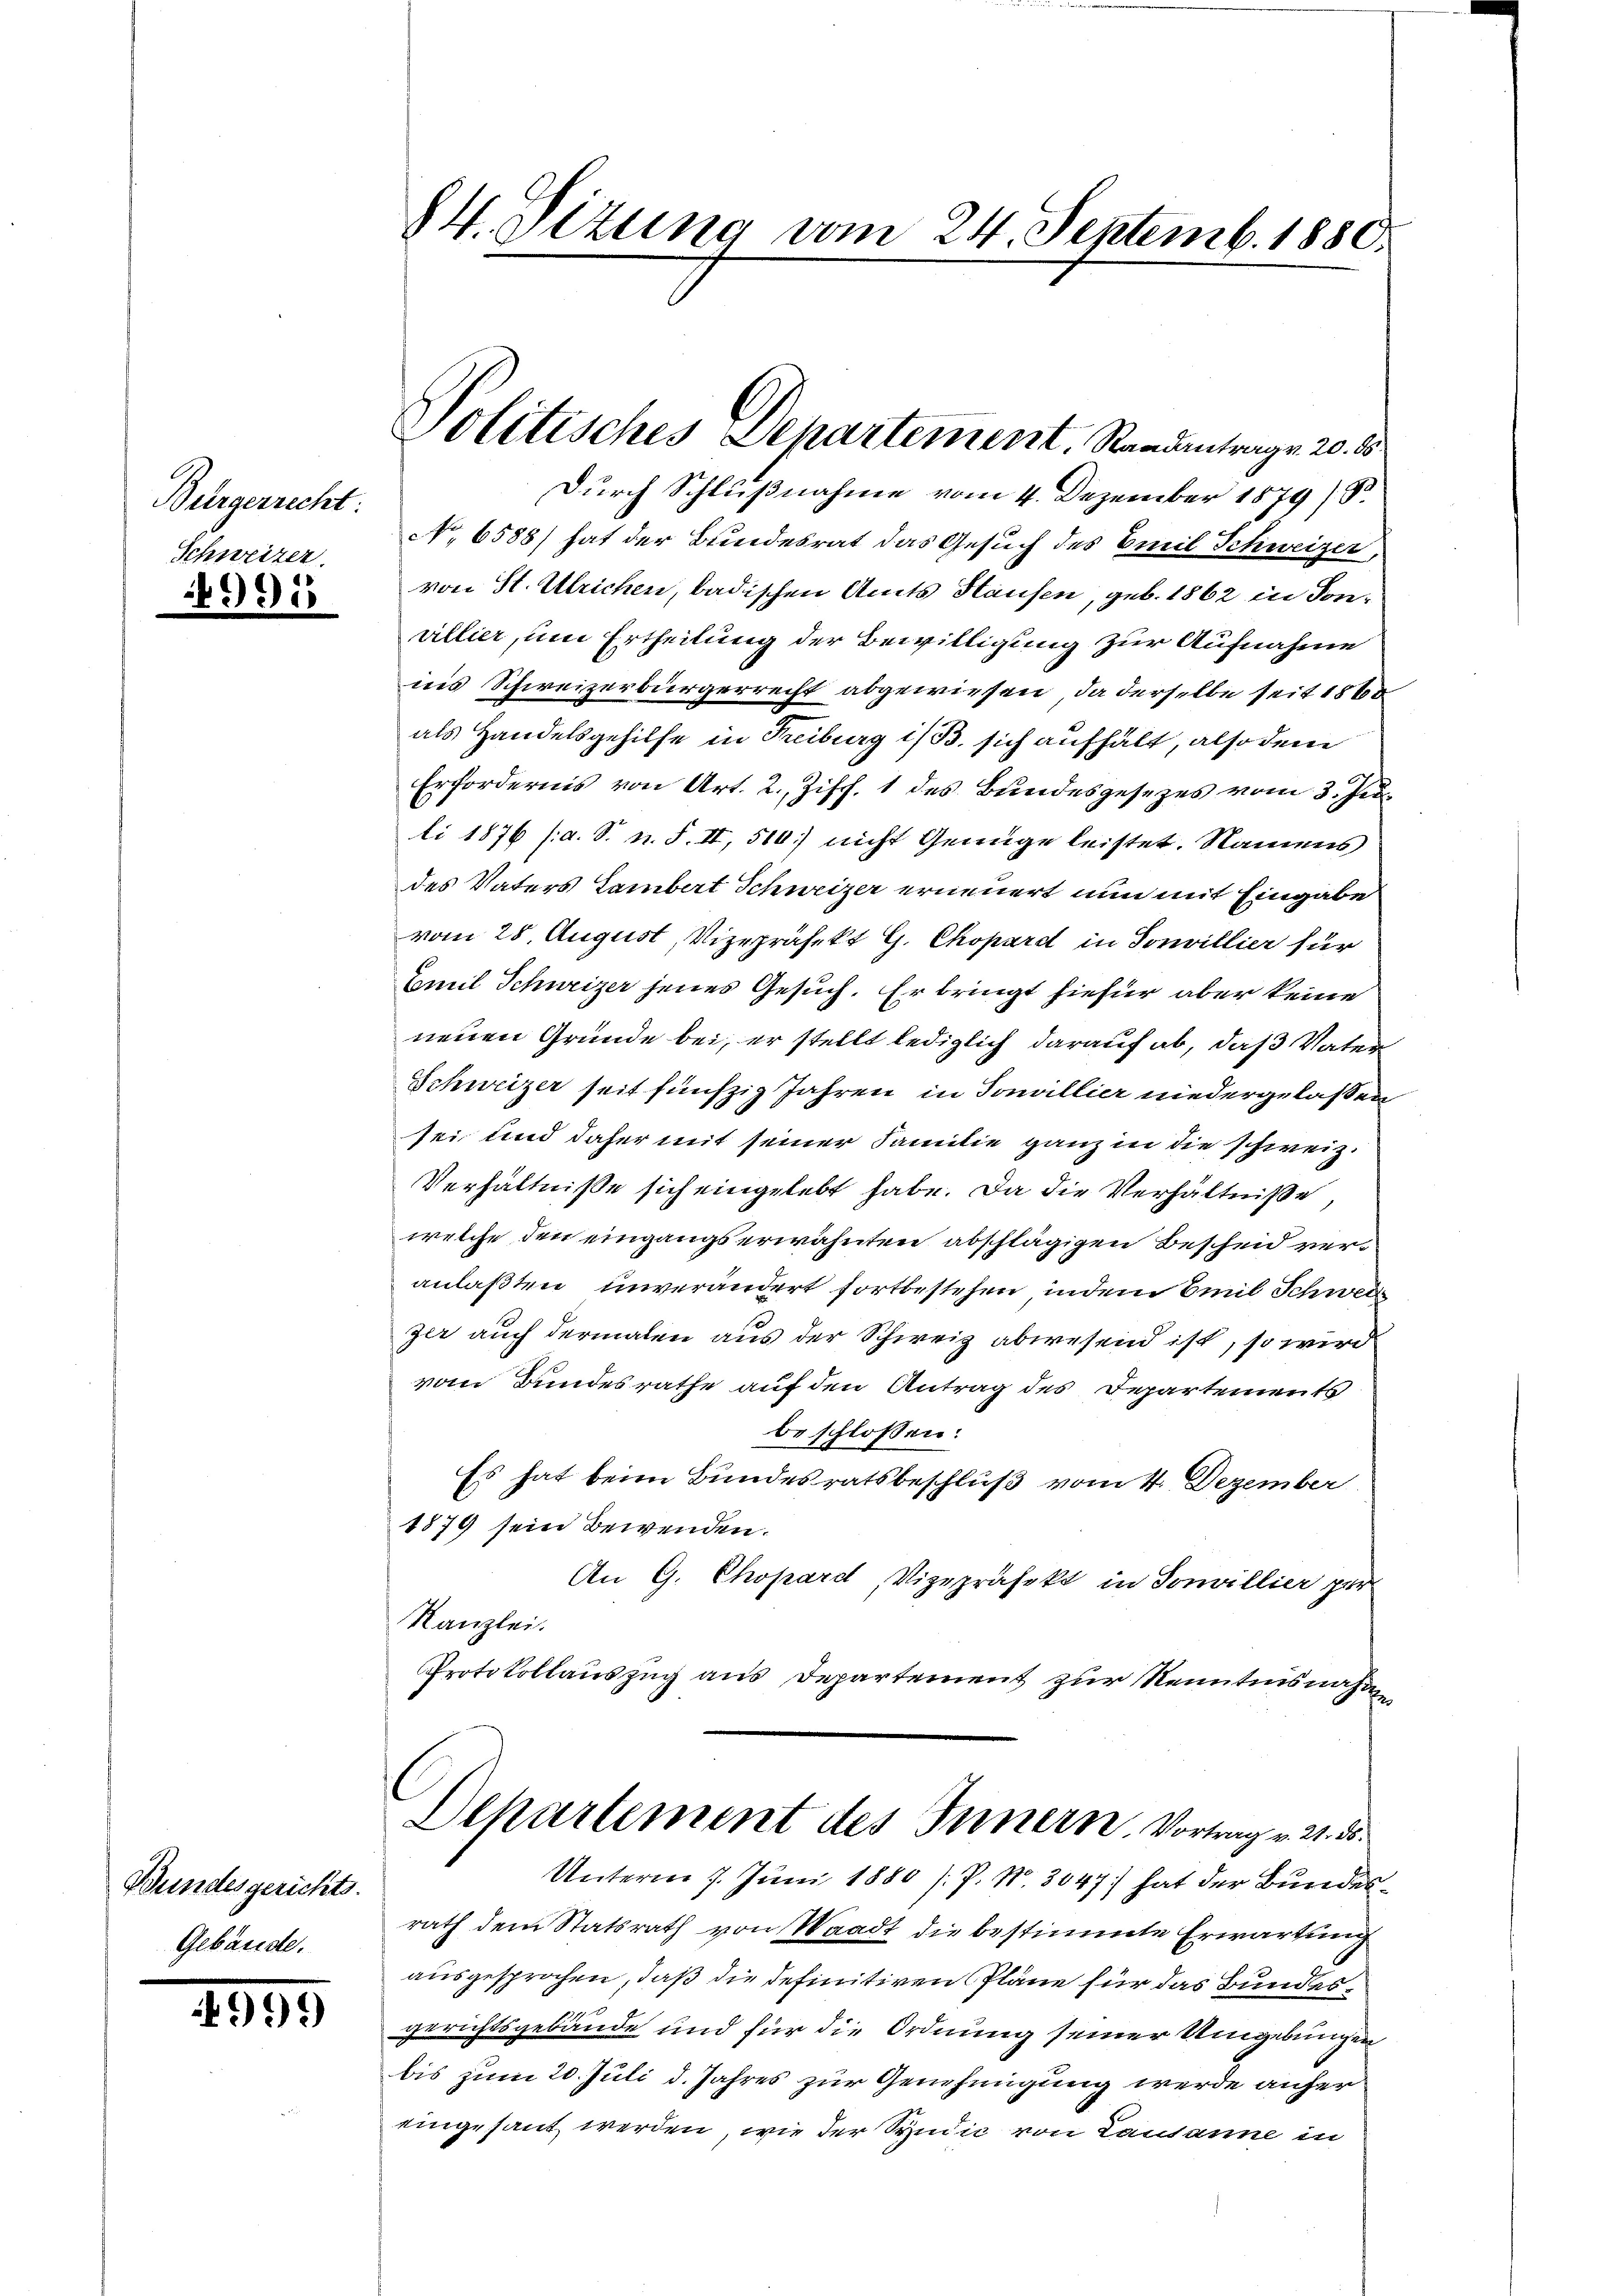
Bürgerrecht:
Schweizer.

315

Bundesgerichts.

999)

Durch Schlußnahme vom 4. Dezember 1879) S
No 6588) hat der Bundesrat das Gesuch des Emil Schweizer,
von St. Ulrichen, badischen Amts Hausen, geb. 1862 in Sonwillier, um Ertheilung der Bewilligung zur Aufnahme
nis Schweizerbürgerrecht abgewiesen, da derselbe seit 186
als Handelsgehilfe in Freiburg i/B. sich aufhält, also dem
Erfordernis von Art. 2., Zisch. 1 des Bundesgesezes vom 3. Jenli 1876 (a. S. n. F. II, 510) nicht Genüge leistet. Namens
des Vaters Lambert Schweizer erneuert nun mit Eingabe
vom 28. August, Vizepräfekt G. Chopard in Sonvillier für
Emil Schweizer jenes Gesuch. Er bringt hiefür aber keine
neuen Gründe bei, er stellt lediglich darauf ab, daß Vater
Schweizer seit fünfzig Jahren in Sonvillier niedergelassen
sei und daher mit seiner Familie ganz in die schweiz.
Verhältniße sich eingelebt habe. Da die Verhältniße,
welche den eingangs erwähnten abschlägigen Bescheid veranlaßten unverändert fortbestehen in dem Emil Schwei
zer auch dermalen aus der Schweiz abwesend ist, so wird
vom Bundesrathe auf den Antrag des Departements
beschlossen:
Es hat beim Bundesratsbeschluß vom 4. Dezember
1879 sein Bewenden.
An G. Chopard, Vizepräfekt in Sonvillier per-
Kanzlei.
Protokollauszug aus Departement zur Kenntnisnahme

84. Situng vom 24. Septemb. 1880.

Olitisches Departement. Randantrag. 20. ds.

Departement des Innern. Vortrag v. 21. d.
Unterm 7. Juni 1880 /.P. N. 3047) hat der Bundes¬

rath dem Statsrath von Waadt die bestimmte Erwartung
ausgesprochen, daß die definitiven Pläne für das Bundesgerichtsgebäude und für die Ordnung seiner Umgebungen
bis zum 20. Juli d. Jahres zur Genehmigung werde anfer
eingesant werden, wie der Syndic von Lausanne in